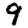
Digit: 9